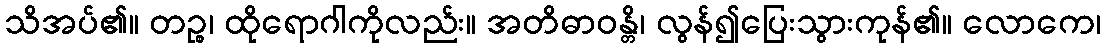
သိအပ်၏။ တဉ္စ၊ ထိုရောဂါကိုလည်း။ အတိဓာဝန္တိ၊ လွန်၍ပြေးသွားကုန်၏။ လောကေ၊